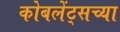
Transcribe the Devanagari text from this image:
कोबलेंट्सच्या